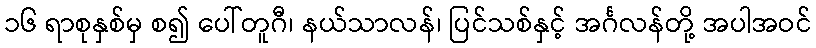
၁၆ ရာစုနှစ်မှ စ၍ ပေါ်တူဂီ၊ နယ်သာလန်၊ ပြင်သစ်နှင့် အင်္ဂလန်တို့ အပါအဝင်